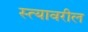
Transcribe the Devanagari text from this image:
स्त्यावरील